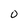
Character: o